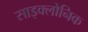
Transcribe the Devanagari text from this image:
साइक्लोनिक